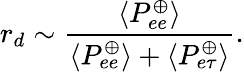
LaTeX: r_{d}\sim\frac{\langle P_{ee}^{\oplus}\rangle}{\langle P_{ee}^{\oplus}\rangle+\langle P_{e\tau}^{\oplus}\rangle}.